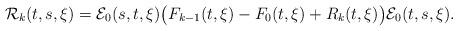
LaTeX: \begin{align*} \mathcal R_k(t,s,\xi) = \mathcal E_0(s,t,\xi) \big( F_{k-1}(t,\xi) - F_0(t,\xi) + R_k(t,\xi) \big) \mathcal E_0(t,s,\xi).\end{align*}